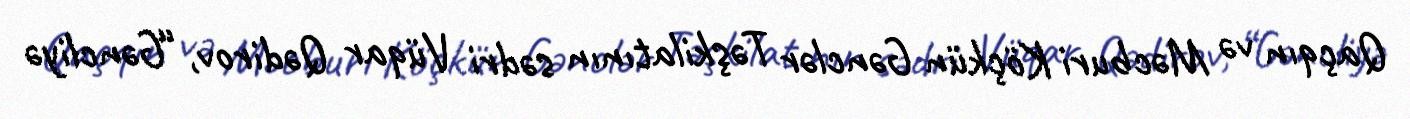
Qaçqın və Məcburi Köçkün Gənclər Təşkilatının sədri Vüqar Qədirov, “Gəncliyə